Report on vaccination North-West Frontier Province 1904-1922 - 1904-1922
Year: 1904
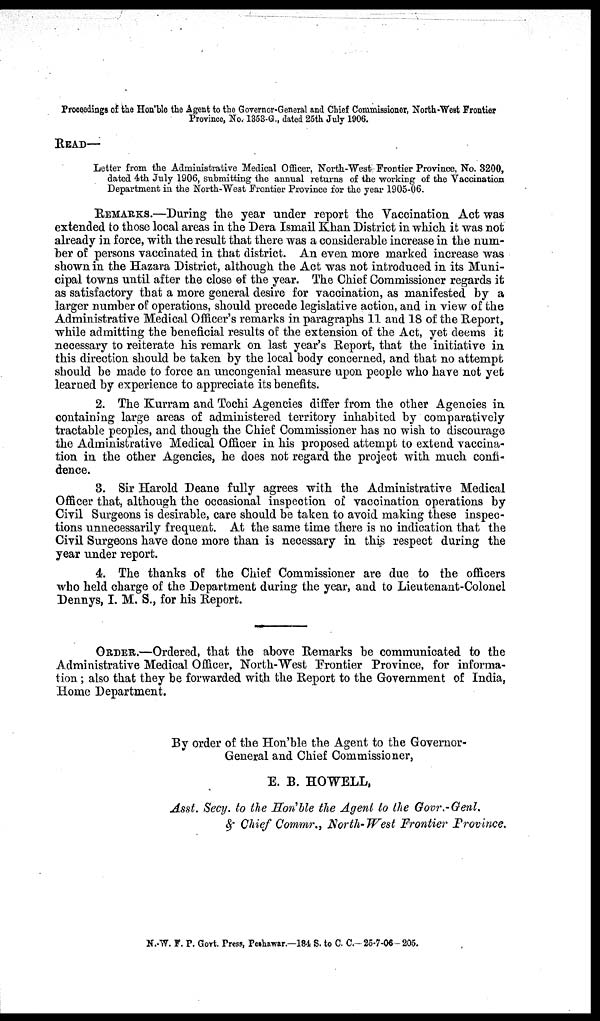
Proceedings of the Hon'ble the Agent to the Governor-General and Chief Commissioner, North-West Frontier
Province, No. 1353-G., dated 25th July 1906.
READ—
Letter from the Administrative Medical Officer, North-West Frontier Province, No. 3200,
dated 4th July 1906, submitting the annual returns of the working of the Vaccination
Department in the North-West Frontier Province for the year 1905-06.
REMARKS.—During the year under report the Vaccination Act was
extended to those local areas in the Dera Ismail Khan District in which it was not
already in force, with the result that there was a considerable increase in the num-
ber of persons vaccinated in that district. An even more marked increase was
shown in the Hazara District, although the Act was not introduced in its Muni-
cipal towns until after the close of the year. The Chief Commissioner regards it
as satisfactory that a more general desire for vaccination, as manifested by a
larger number of operations, should precede legislative action, and in view of the
Administrative Medical Officer's remarks in paragraphs 11 and 18 of the Report,
while admitting the beneficial results of the extension of the Act, yet deems it
necessary to reiterate his remark on last year's Report, that the initiative in
this direction should be taken by the local body concerned, and that no attempt
should be made to force an uncongenial measure upon people who have not yet
learned by experience to appreciate its benefits.
2. The Kurram and Tochi Agencies differ from the other Agencies in
containing large areas of administered territory inhabited by comparatively
tractable peoples, and though the Chief Commissioner has no wish to discourage
the Administrative Medical Officer in his proposed attempt to extend vaccina-
tion in the other Agencies, he does not regard the project with much confi-
dence.
3. Sir Harold Deane fully agrees with the Administrative Medical
Officer that, although the occasional inspection of vaccination operations by
Civil Surgeons is desirable, care should be taken to avoid making these inspec-
tions unnecessarily frequent. At the same time there is no indication that the
Civil Surgeons have done more than is necessary in this respect during the
year under report.
4. The thanks of the Chief Commissioner are due to the officers
who held charge of the Department during the year, and to Lieutenant-Colonel
Dennys, I. M. S., for his Report.
ORDER.—Ordered, that the above Remarks be communicated to the
Administrative Medical Officer, North-West Frontier Province, for informa-
tion ; also that they be forwarded with the Report to the Government of India,
Home Department.
By order of the Hon'ble the Agent to the Governor-
General and Chief Commissioner,
E. B. HOWELL,
Asst. Secy. to the Hon'ble the Agent to the Govr.-Genl.
& Chief Commr., North-West Frontier Province.
N.-W. F. P. Govt. Press, Peshawar.—184 S. to C. C.— 25-7-06—205.